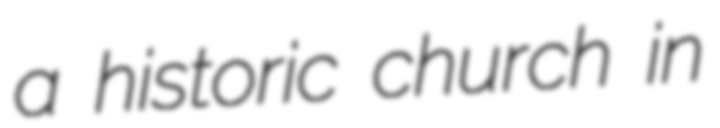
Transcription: a historic church in